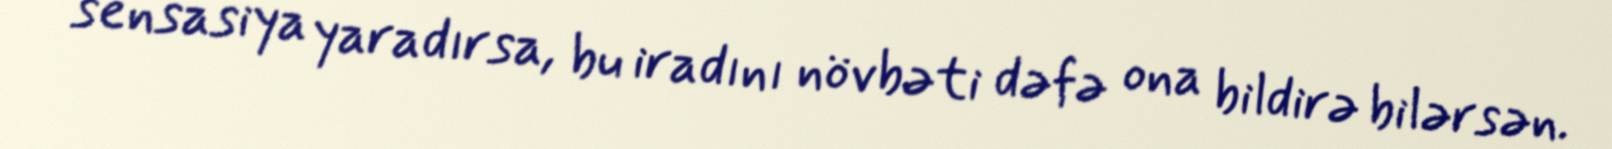
sensasiya yaradırsa, bu iradını növbəti dəfə ona bildirə bilərsən.